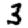
Digit: 3